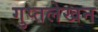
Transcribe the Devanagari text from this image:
गुप्तलेखन